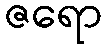
ဇရော